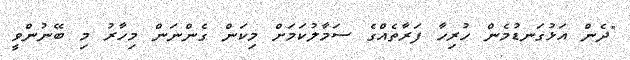
"ދެން އަޅުގަނޑުމެން ހުރިހާ ފަރާތެއްގެ ސަމާލުކަމަށް މިކަން ގެންނަން މިހާރު މި ބޭނުންވީ